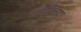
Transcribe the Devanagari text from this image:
धनकिया